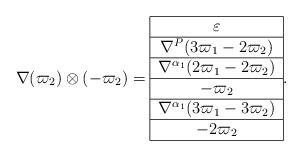
LaTeX: \begin{align*}\nabla(\varpi_2)\otimes(-\varpi_2)=\begin{tabular}{|c|}\hline$\varepsilon$\\\hline$\nabla^{P}(3\varpi_1-2\varpi_2)$\\\hline$\nabla^{\alpha_1}(2\varpi_1-2\varpi_2)$\\\hline$-\varpi_2$\\\hline$\nabla^{\alpha_1}(3\varpi_1-3\varpi_2)$\\\hline$-2\varpi_2$\\\hline\end{tabular}.\end{align*}